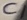
Text: C1